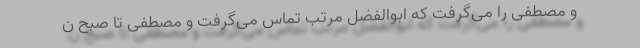
و مصطفی را می‌گرفت که ابوالفضل مرتب تماس می‌گرفت و مصطفی تا صبح ن